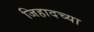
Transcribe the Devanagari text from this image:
जिहादच्या